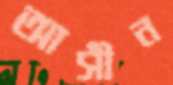
আসীন